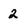
Character: 2